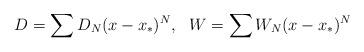
LaTeX: \begin{align*}D = \sum D_N(x-x_\ast)^N, \ \ W = \sum W_N(x-x_\ast)^N\end{align*}